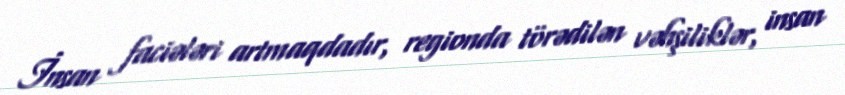
İnsan faciələri artmaqdadır, regionda törədilən vəhşiliklər, insan